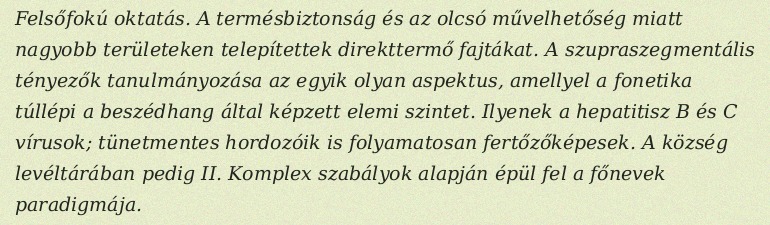
Felsőfokú oktatás. A termésbiztonság és az olcsó művelhetőség miatt nagyobb területeken telepítettek direkttermő fajtákat. A szupraszegmentális tényezők tanulmányozása az egyik olyan aspektus, amellyel a fonetika túllépi a beszédhang által képzett elemi szintet. Ilyenek a hepatitisz B és C vírusok; tünetmentes hordozóik is folyamatosan fertőzőképesek. A község levéltárában pedig II. Komplex szabályok alapján épül fel a főnevek paradigmája.